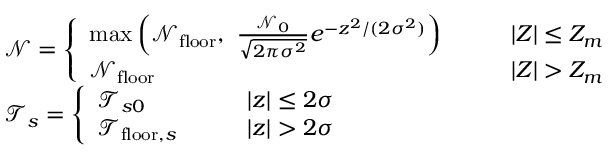
\begin{array} { r l } & { \mathcal { N } = \left\{ \begin{array} { l l } { \operatorname* { m a x } \left( \mathcal { N } _ { \mathrm { f l o o r } } , ~ \frac { \mathcal { N } _ { 0 } } { \sqrt { 2 \pi \sigma ^ { 2 } } } e ^ { - z ^ { 2 } / ( 2 \sigma ^ { 2 } ) } \right) \qquad } & { \left| Z \right| \leq Z _ { m } } \\ { \mathcal { N } _ { \mathrm { f l o o r } } \qquad } & { \left| Z \right| > Z _ { m } } \end{array} \right. } \\ & { \mathcal { T } _ { s } = \left\{ \begin{array} { l l } { \mathcal { T } _ { s 0 } \qquad } & { \left| z \right| \leq 2 \sigma } \\ { \mathcal { T } _ { \mathrm { f l o o r } , s } \qquad } & { \left| z \right| > 2 \sigma } \end{array} \right. } \end{array}